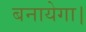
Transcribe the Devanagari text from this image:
बनायेगा।